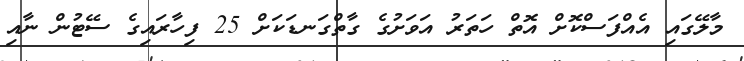
މާލޭގައި އެއްފަސްކޮށް އޮތް ހަތަރު އަވަށުގެ ގާތްގަނޑަކަށް 25 ފިހާރައިގެ ސޭޓުން ނާއި